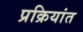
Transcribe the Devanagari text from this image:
प्रक्रियांत